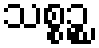
သစ္စဉ္စ